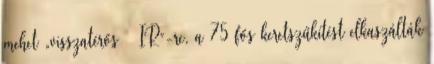
mehet „visszatérős – IR”-re, a 75 fős keretszűkítést elkaszálták